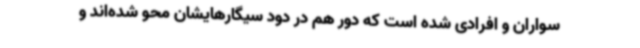
سواران و افرادی شده است که دور هم در دود سیگارهایشان محو شده‌اند و